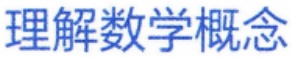
理解数学概念